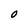
Character: O